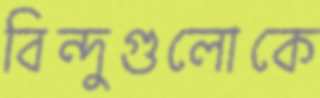
বিন্দুগুলোকে